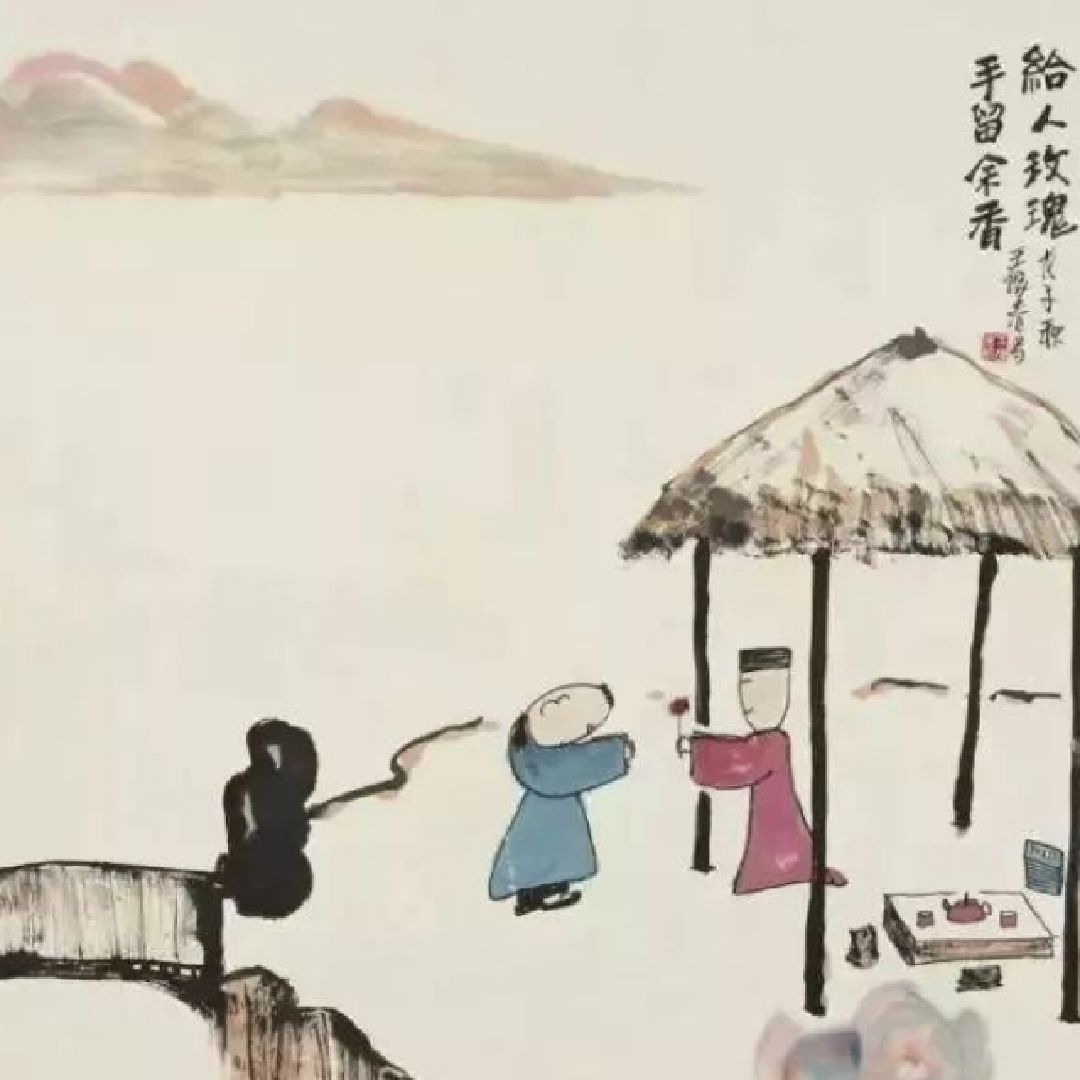
君子赠人以言，庶人赠人以财。